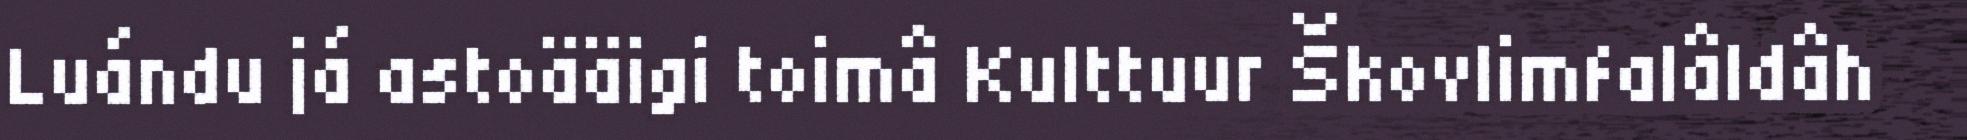
Luándu já astoääigi toimâ Kulttuur Škovlimfalâldâh